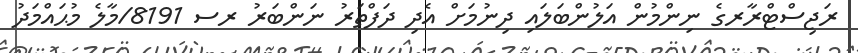
ރަޖިސްޓްރާރގެ ނިންމުން އަލުންބަލައި ދިނުމަށް އެދި ދަފްތަރު ނަންބަރު ރސ 8191/މާލެ މުޙައްމަދު